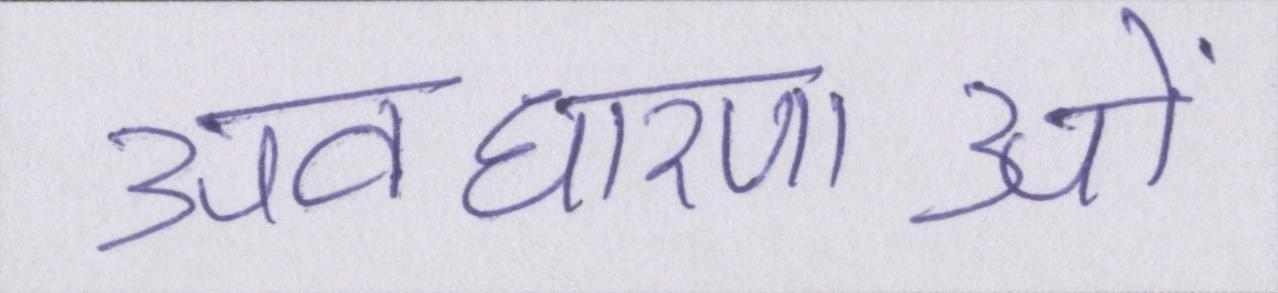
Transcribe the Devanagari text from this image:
अवधारणाओं